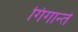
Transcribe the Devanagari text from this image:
गिगान्ते